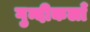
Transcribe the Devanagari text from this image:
गुन्दीकलाँ